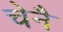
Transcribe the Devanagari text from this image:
चेनै